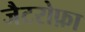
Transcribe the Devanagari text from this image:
जैटरोफ़ा